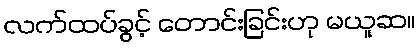
လက်ထပ်ခွင့် တောင်းခြင်းဟု မယူဆ။